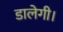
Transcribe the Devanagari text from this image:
डालेगी।